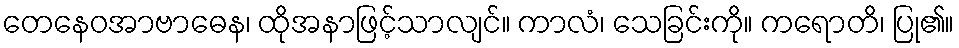
တေနေဝအာဗာဓေန၊ ထိုအနာဖြင့်သာလျင်။ ကာလံ၊ သေခြင်းကို။ ကရောတိ၊ ပြု၏။